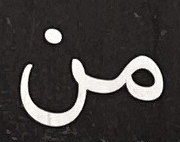
من